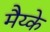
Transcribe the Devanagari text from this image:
मैय्के